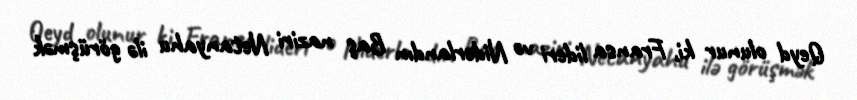
Qeyd olunur ki, Fransa lideri və Niderlandın Baş naziri Netanyahu ilə görüşmək